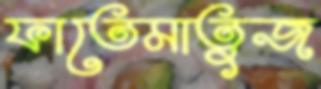
ফাতেমাতুজ